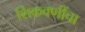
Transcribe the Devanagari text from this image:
शिकवणींचा